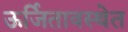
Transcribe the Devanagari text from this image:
ऊर्जितावस्थेत